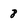
Character: 8